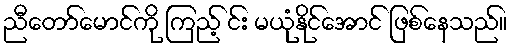
ညီတော်မောင်ကို ကြည့် င်း မယုံနိုင်အောင် ဖြစ်နေသည်။